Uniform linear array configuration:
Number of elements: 24
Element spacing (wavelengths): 0.75
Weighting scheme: blackman
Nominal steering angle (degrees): -60
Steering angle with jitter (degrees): -61.647
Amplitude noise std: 0.05
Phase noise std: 0.05

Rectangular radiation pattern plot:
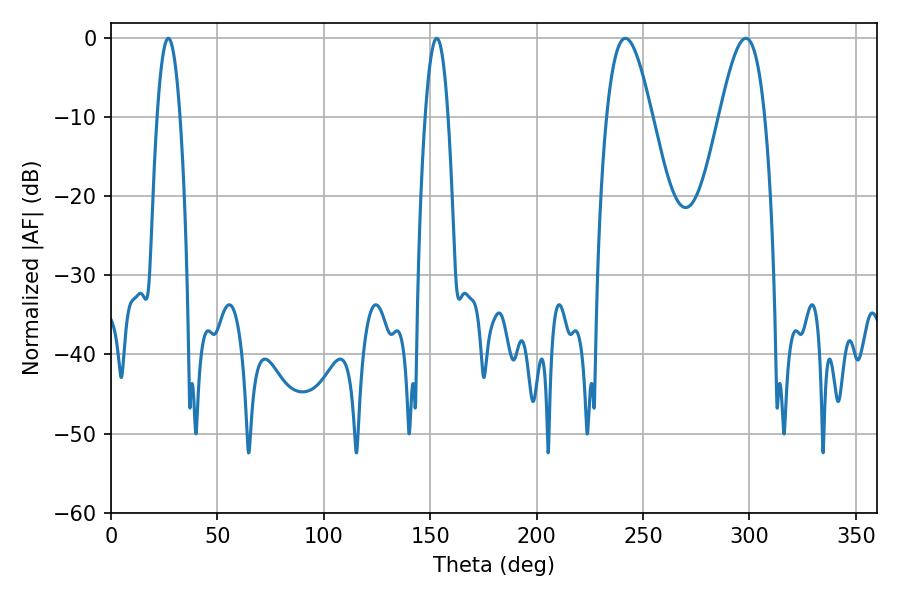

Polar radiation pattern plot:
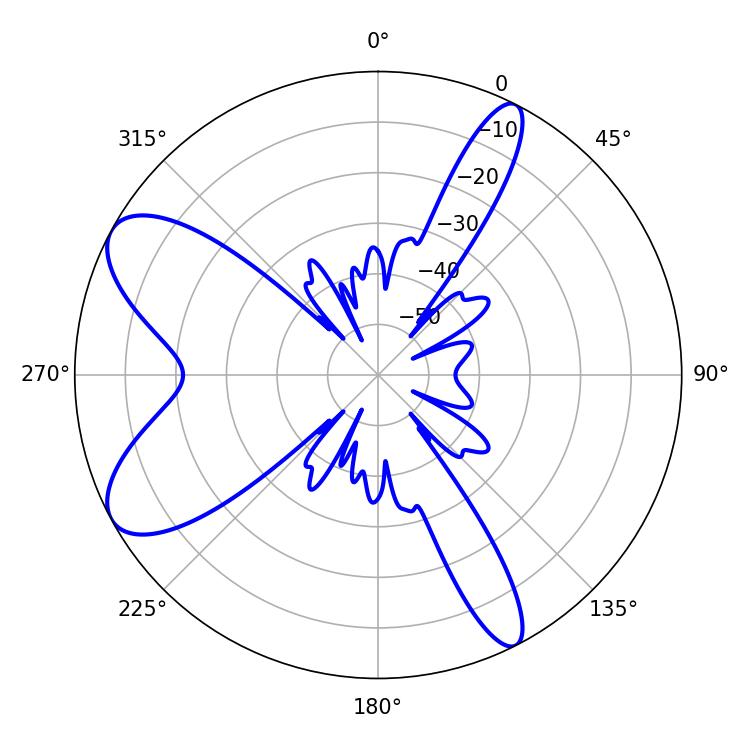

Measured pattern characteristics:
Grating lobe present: TRUE
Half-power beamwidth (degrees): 11.52
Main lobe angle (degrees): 298.26